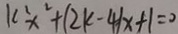
k ^ { 2 } x ^ { 2 } + ( 2 k - 4 ) x + 1 = 0